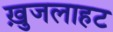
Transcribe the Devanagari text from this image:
ख़ुजलाहट